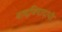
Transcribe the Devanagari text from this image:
वादविवादाची